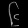
Digit: ၆